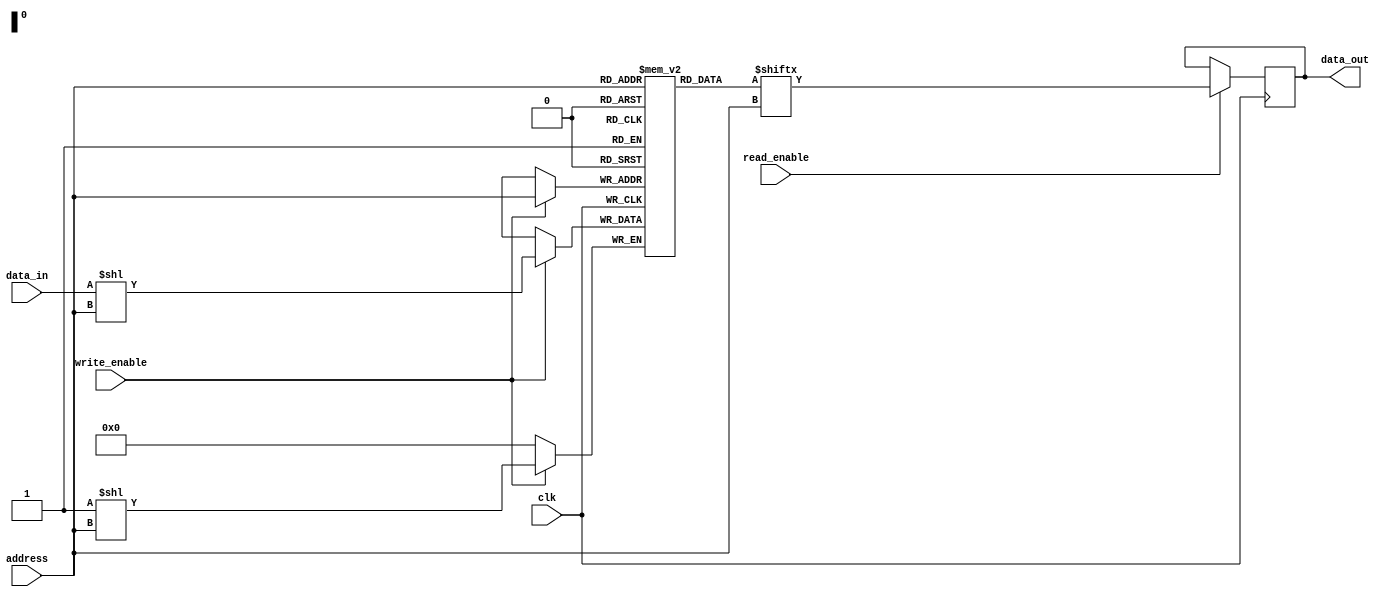
module MemoryBlocks (
    input wire clk,
    input wire [9:0] address,
    input wire write_enable,
    input wire read_enable,
    input wire data_in,
    output wire data_out
);

    reg [9:0] memory_array [0:1023]; // Memory array with 1024 rows and 1024 columns

    // Column decoder
    reg [9:0] column_select;
    always @* begin
        column_select = address[9:0]; // Select column based on address
    end

    // Row decoder
    reg [9:0] row_select;
    always @* begin
        row_select = address[9:0]; // Select row based on address
    end

    // Write control logic
    always @(posedge clk) begin
        if (write_enable) begin
            memory_array[row_select][column_select] <= data_in; // Write data into memory array
        end
    end

    // Read control logic
    always @(posedge clk) begin
        if (read_enable) begin
            data_out <= memory_array[row_select][column_select]; // Read data from memory array
        end
    end
endmodule